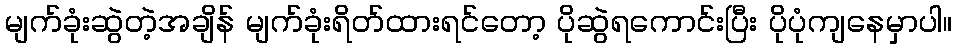
မျက်ခုံးဆွဲတဲ့အချိန် မျက်ခုံးရိတ်ထားရင်တော့ ပိုဆွဲရကောင်းပြီး ပိုပုံကျနေမှာပါ။